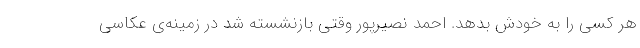
هر کسی را به خودش بدهد. احمد نصیرپور وقتی بازنشسته شد در زمینه‌ی عکاسی